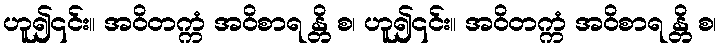
ဟူ၍၎င်း။ အဝိတက္ကံ အဝိစာရ န္တိ စ၊ ဟူ၍၎င်း။ အဝိတက္ကံ အဝိစာရ န္တိ စ၊